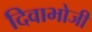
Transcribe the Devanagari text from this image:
दिवाभोजी